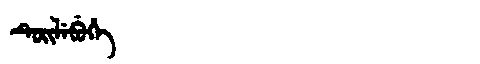
Manchu: ᡨᡠᡳᠯᡝᠪᡠᡥᡝ
Romanization: TUILEBUHE